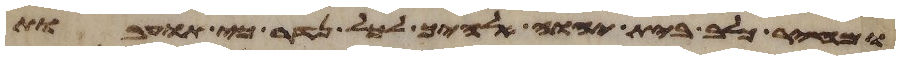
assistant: ומחיר כלב בית יהוה אלהיך לכל נדר כי תועבת